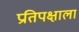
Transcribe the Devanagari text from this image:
प्रतिपक्षाला